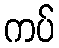
ကပ်